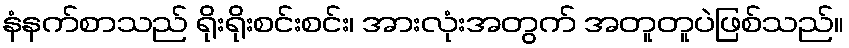
နံနက်စာသည် ရိုးရိုးစင်းစင်း၊ အားလုံးအတွက် အတူတူပဲဖြစ်သည်။